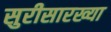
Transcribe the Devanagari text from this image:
सुरीसारख्या